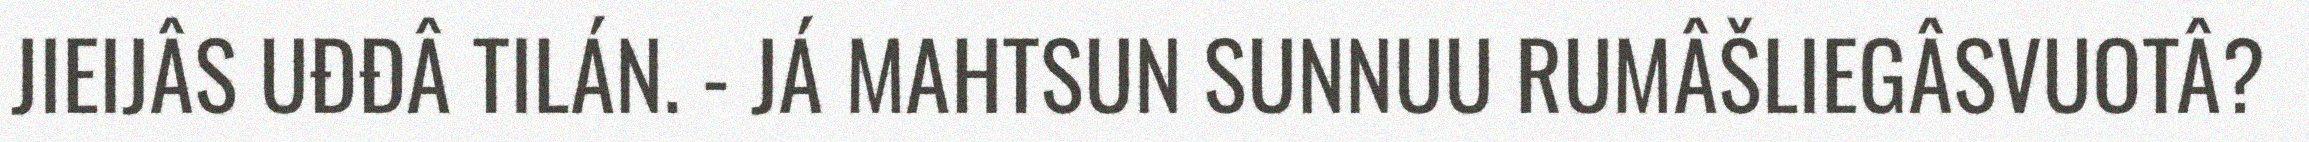
JIEIJÂS UĐĐÂ TILÁN. - JÁ MAHTSUN SUNNUU RUMÂŠLIEGÂSVUOTÂ?